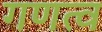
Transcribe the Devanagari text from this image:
गणत्व